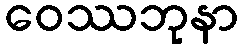
ဝေဿဘုနာ